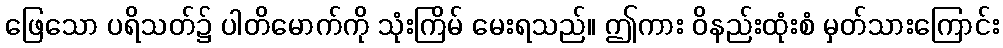
ဖြေသော ပရိသတ်၌ ပါတိမောက်ကို သုံးကြိမ် မေးရသည်။ ဤကား ဝိနည်းထုံးစံ မှတ်သားကြောင်း